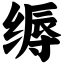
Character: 缛